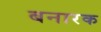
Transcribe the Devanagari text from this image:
बनारक